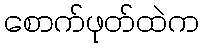
စောက်ဖုတ်ထဲက